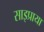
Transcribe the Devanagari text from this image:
साइप्राया